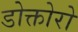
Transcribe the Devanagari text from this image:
डोक्तोरो